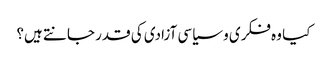
کیا وہ فکری و سیاسی آزادی کی قدر جانتے ہیں؟